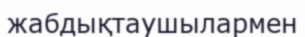
жабдықтаушылармен